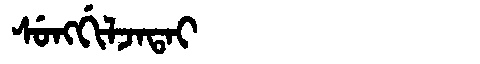
Manchu: ᠰᡠᠩᡤᡳᠯᠵᠠᡨᠠᡳ
Romanization: SUNGGILJATAI